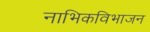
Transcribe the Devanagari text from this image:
नाभिकविभाजन